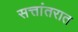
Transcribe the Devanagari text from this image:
सत्तांतरात